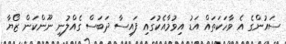
ސައުންގެ އެ ވާހަކަތައް އަޑު އިވުމާއެކުގައި ފައިސާ ދަބަސް ގެއްލުނި ނޫންކަން ޒޯޔާ